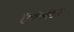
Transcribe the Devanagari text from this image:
एक्स्हेटर